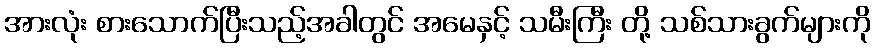
အားလုံး စားသောက်ပြီးသည့်အခါတွင် အမေနှင့် သမီးကြီး တို့ သစ်သားခွက်များကို